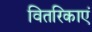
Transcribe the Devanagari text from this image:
वितरिकाएं